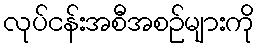
လုပ်ငန်းအစီအစဉ်များကို